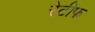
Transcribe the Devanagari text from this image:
रेटीफ